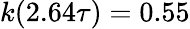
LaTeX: k(2.64\tau)=0.55